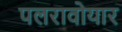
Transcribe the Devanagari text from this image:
पलरावोयार